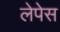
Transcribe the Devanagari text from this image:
लेपेस